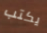
يكتب